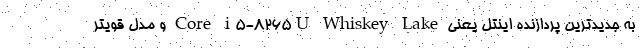
به جدیدترین پردازنده اینتل یعنی Core i5-8265U Whiskey Lake و مدل قویتر